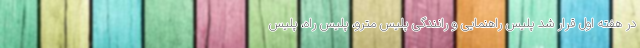
در هفته اول قرار شد پلیس راهنمایی و رانندگی پلیس مترو، پلیس راه، پلیس